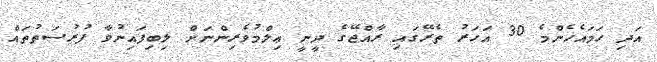
އަދި ހަމައެހެންމެ 30 އަހަރު ތެރޭގައި ރާއްޖޭގެ ދީނީ ޢިލްމުވެރިންނަށް ލިބިފައިނުވާ ފުރުސަތުތައް